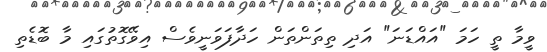
ވީމާ ތީ ހަމަ "އައްޑަނަ" އަދި ތިތަންތަން ހަދާފަވަނީވެސް އިވޭގޮތުގައި މާ ބޮޑެތި